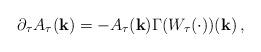
LaTeX: \begin{align*}& \partial_\tau A_\tau(\mathbf{k}) = -A_\tau(\mathbf{k}) \Gamma(W_\tau(\cdot))(\mathbf{k})\, ,\end{align*}